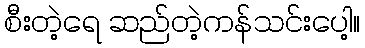
စီးတဲ့ရေ ဆည်တဲ့ကန်သင်းပေါ့။